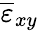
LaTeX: \overline{{\varepsilon}}_{xy}